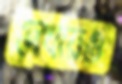
দেখায়ও